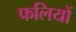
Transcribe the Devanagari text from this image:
फलियों